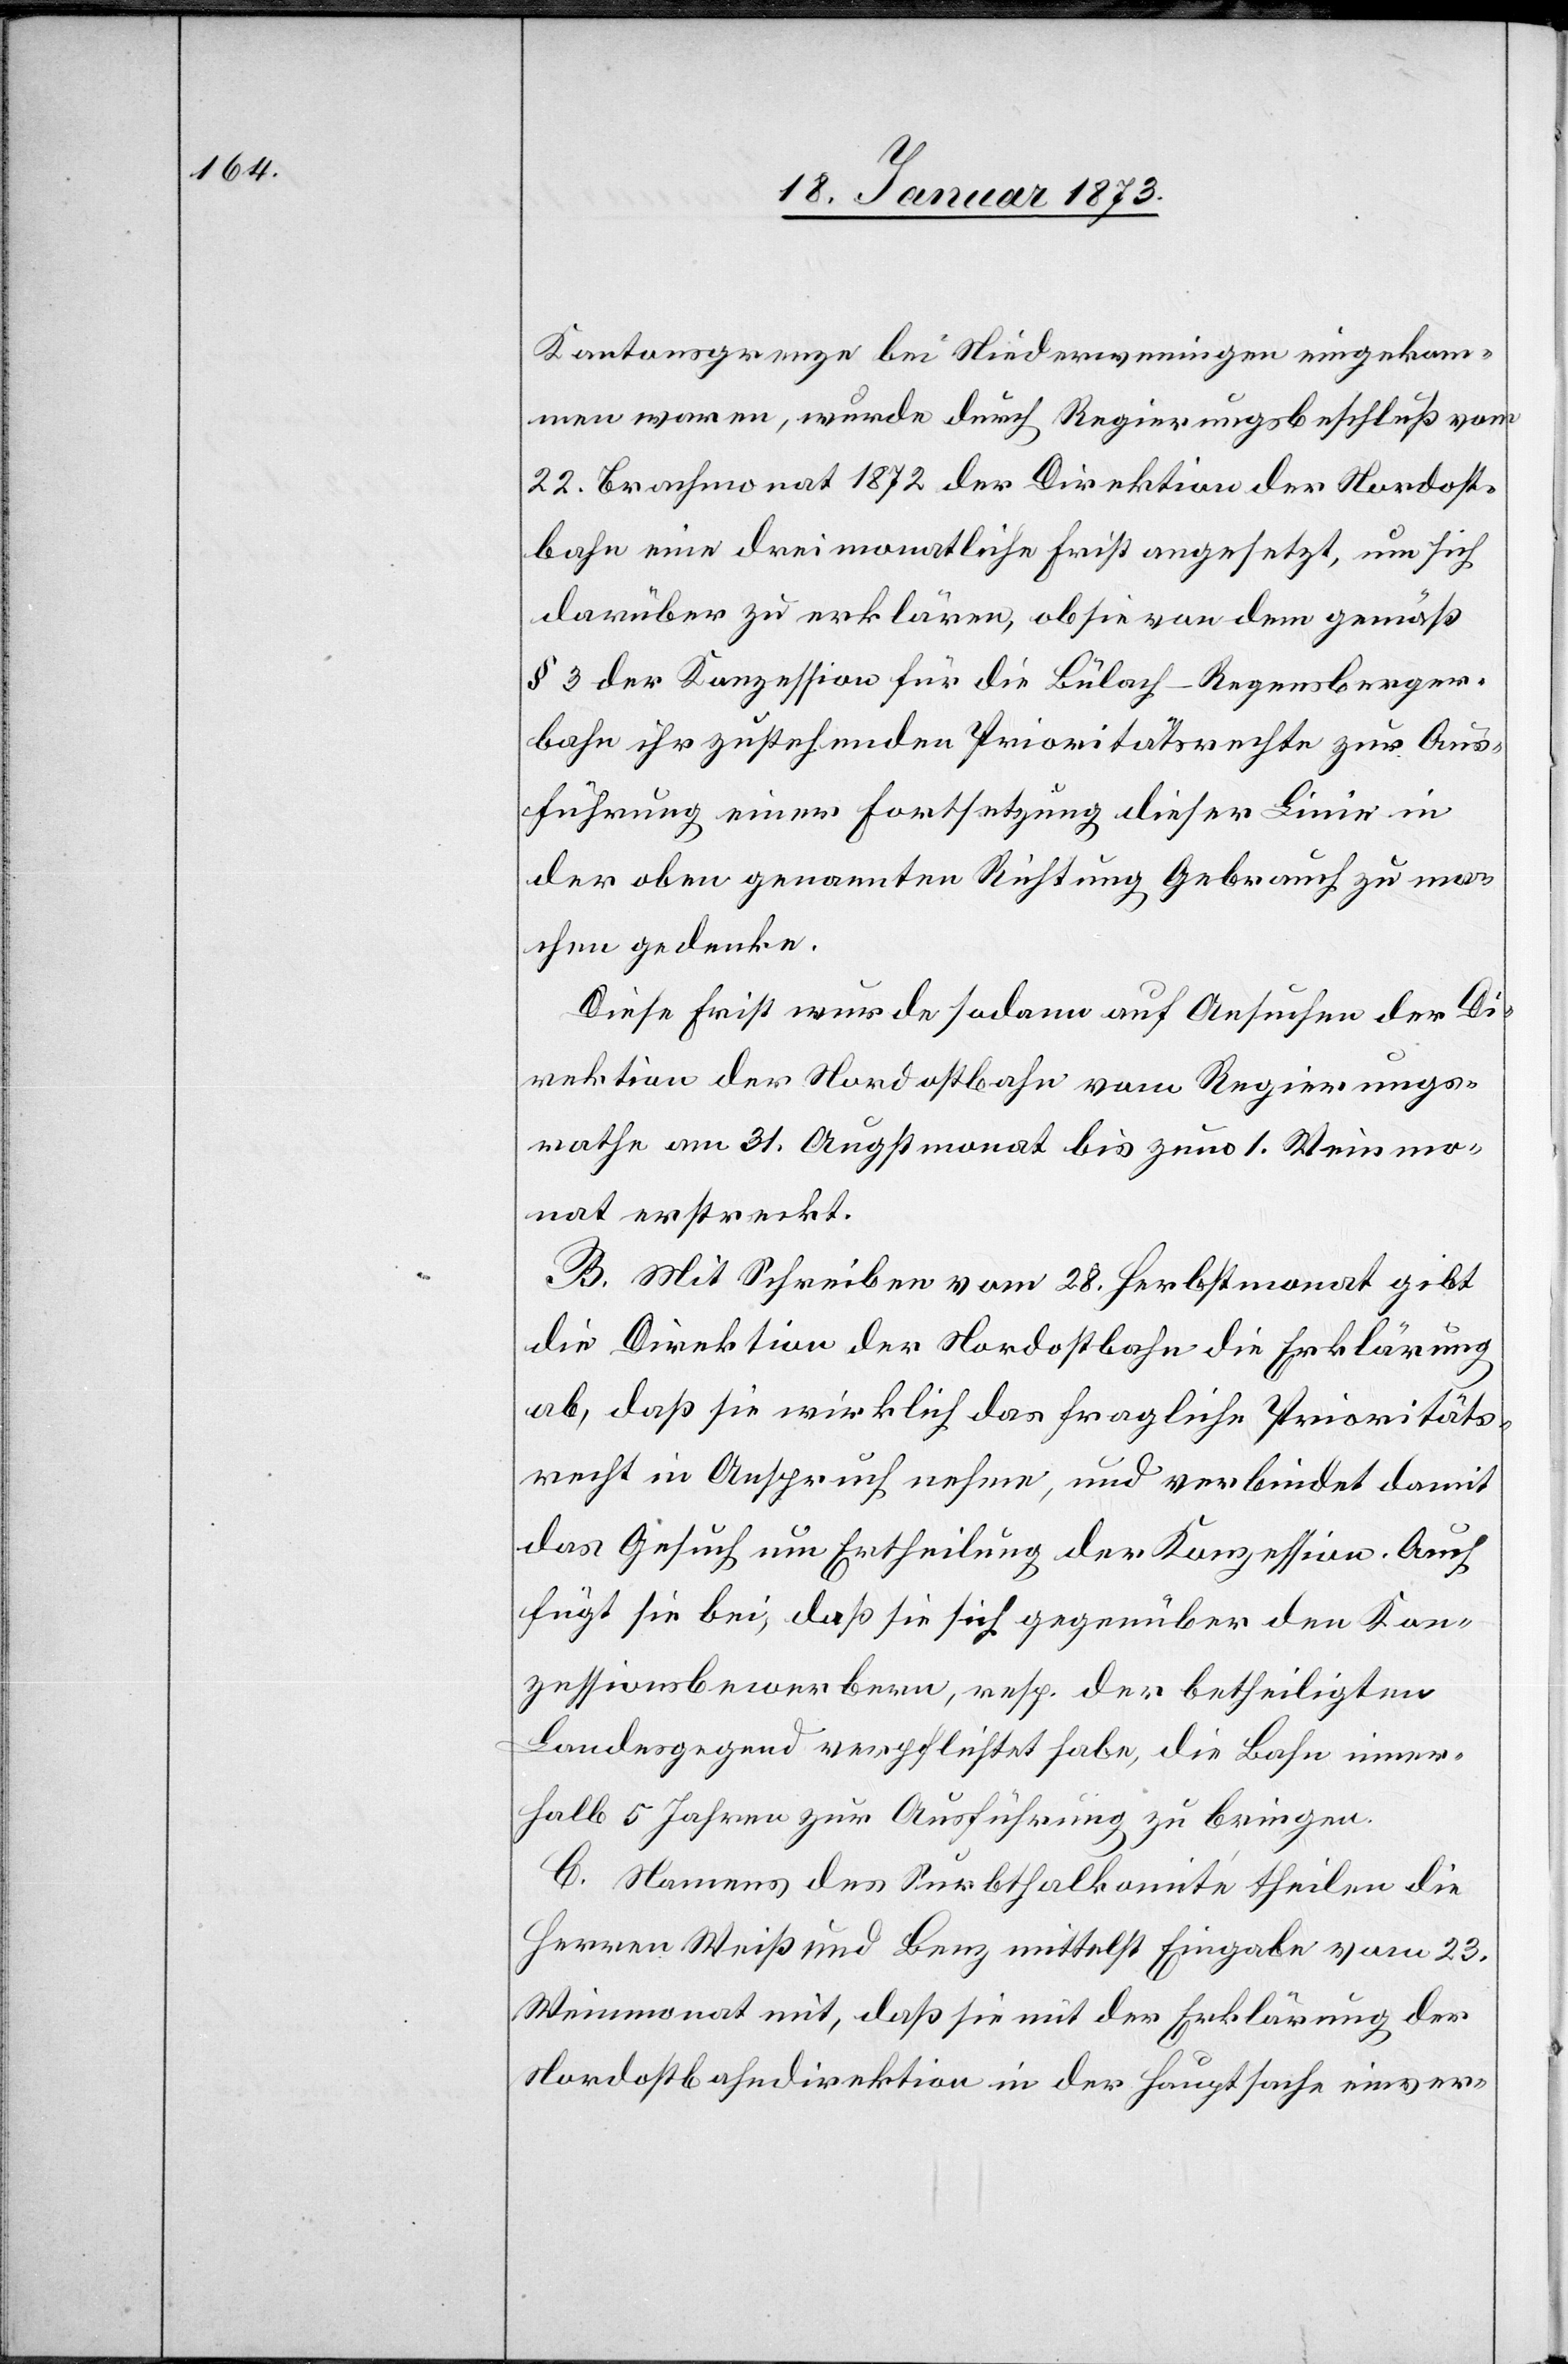
Kantonsgrenze bei Niederweningen eingekom¬
men waren, wurde durch Regierungsbeschluß vom
22. Brachmonat 1872 der Direktion der Nordost¬
bahn eine dreimonatliche Frist angesetzt, um sich
darüber zu erklären, ob sie von dem gemäß
§ 3 der Konzession für die Bülach–Regensberge¬
r-Bahn ihr zustehenden Prioritätsrechte zur Aus¬
führung einer Fortsetzung dieser Linie in
der oben genannten Richtung Gebrauch zu ma¬
chen gedenke.
Diese Frist wurde sodann auf Ansuchen der Di¬
rektion der Nordostbahn vom Regierungs¬
rathe am 31. Augstmonat bis zum 1. Weinmo¬
nat erstreckt.
B. Mit Schreiben vom 28. Herbstmonat gibt
die Direktion der Nordostbahn die Erklärung
ab, daß sie wirklich das fragliche Prioritäts¬
recht in Anspruch nehme, und verbindet damit
das Gesuch um Ertheilung der Konzession. Auch
fügt sie bei, daß sie sich gegenüber den Kon¬
zessionsbewerbern, resp. der betheiligten
Landesgegend verpflichtet habe, die Bahn inner¬
halb 5 Jahren zur Ausführung zu bringen.
C. Namens des Surbthalkomité theilen die
Herren Weiß und Benz mittelst Eingabe vom 23.
Weinmonat mit, daß sie mit der Erklärung der
Nordostbahndirektion in der Hauptsache einver-